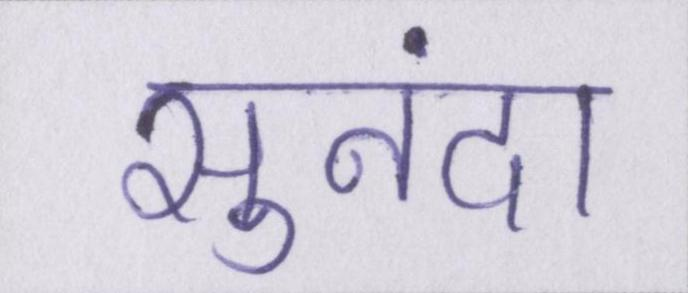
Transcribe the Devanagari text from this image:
सुनंदा